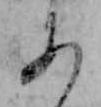
あ